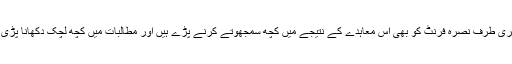
دوسری طرف نصرہ فرنٹ کو بھی اس معاہدے کے نتیجے میں کچھ سمجھوتے کرنے پڑے ہیں اور مطالبات میں کچھ لچک دکھانا پڑی ہے۔